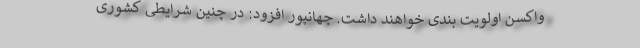
واکسن اولویت بندی خواهند داشت. جهانپور افزود: در چنین شرایطی کشوری